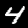
Digit: 4